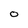
Character: o